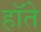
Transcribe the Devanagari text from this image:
हॉते